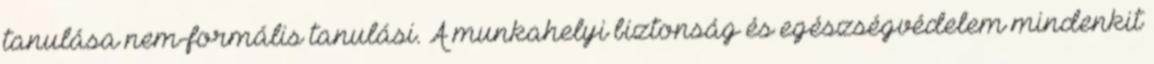
tanulása nem-formális tanulási. A munkahelyi biztonság és egészségvédelem mindenkit